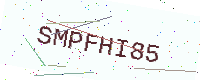
Text: SMPFHI85